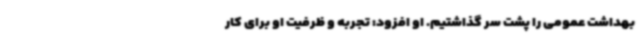
بهداشت عمومی را پشت سر گذاشتیم. او افزود: تجربه و ظرفیت او برای کار